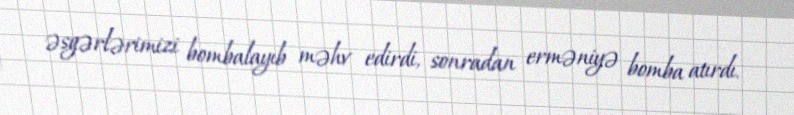
əsgərlərimizi bombalayıb məhv edirdi, sonradan erməniyə bomba atırdı.